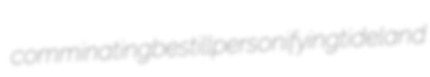
comminating bestill personifying tideland